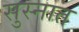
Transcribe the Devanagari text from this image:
सुस्नात